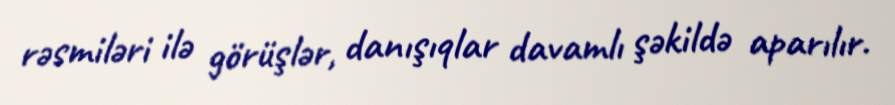
rəsmiləri ilə görüşlər, danışıqlar davamlı şəkildə aparılır.